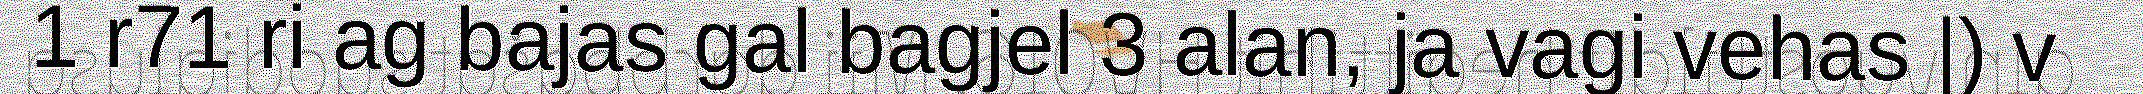
1 r71 ri ag bajas gal bagjel 3 alan, ja vagi vehas |) v